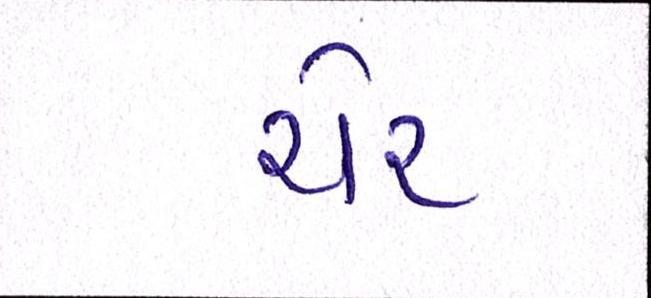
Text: ચેર